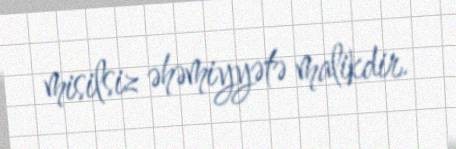
misilsiz əhəmiyyətə malikdir.